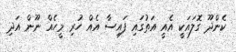
ކެންދޫ ގޮލައަކީ އެއީ އަތުގައި ފައިސާ އެއް ހުރި މީހެއް ނޫން އަދި